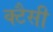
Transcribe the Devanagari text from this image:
क्टैसी